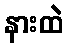
နားထဲ